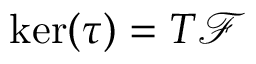
\ker ( \tau ) = T { \mathcal F }